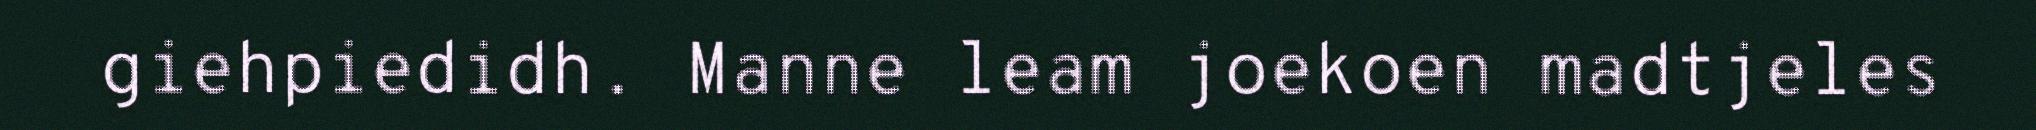
giehpiedidh. Manne leam joekoen madtjeles